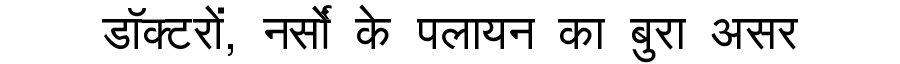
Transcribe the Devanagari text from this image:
डॉक्टरों, नर्सों के पलायन का बुरा असर